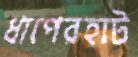
ধাপেরহাট